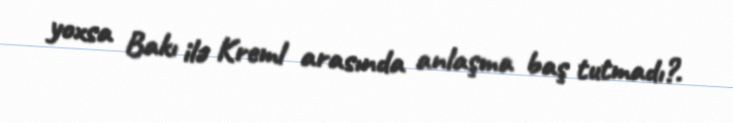
yoxsa Bakı ilə Kreml arasında anlaşma baş tutmadı?.